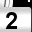
Digit: 2